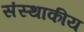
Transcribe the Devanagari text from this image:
संस्थाकीय